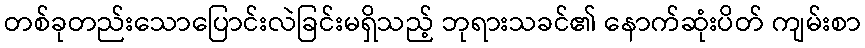
တစ်ခုတည်းသောပြောင်းလဲခြင်းမရှိသည့် ဘုရားသခင်၏ နောက်ဆုံးပိတ် ကျမ်းစာ